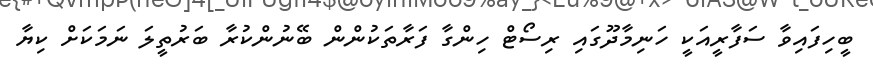
ބީހިފައިވާ ސަފާރީއަކީ ހަނިމާދޫގައި ރިސޯޓް ހިންގާ ފަރާތަކުންން ބޭނުންކުރާ ބަރުތީލަ ނަމަކަށް ކިޔާ